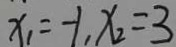
x _ { 1 } = - 1 , x _ { 2 } = 3